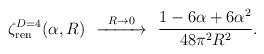
LaTeX: \begin{align*}\zeta^{D=4}_{\rm ren}(\alpha,R)\ \ \smash{\mathop{\hbox to 1.3cm{\rightarrowfill}}\limits^{R\to 0}}\ \ \frac{1-6\alpha+6\alpha^2}{48\pi^2R^2}.\end{align*}